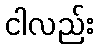
ငါလည်း